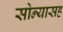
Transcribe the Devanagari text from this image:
सोन्यासह